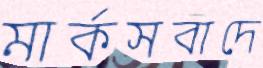
মার্কসবাদে